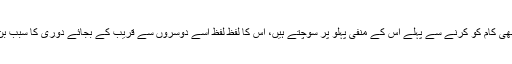
وہ کسی بھی کام کو کرنے سے پہلے اس کے منفی پہلو پر سوچتے ہیں، اس کا لفظ لفظ اسے دوسروں سے قریب کے بجائے دوری کا سبب بن رہا ہے۔